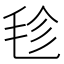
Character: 𣭕